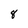
Character: 8